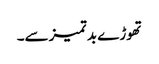
تھوڑے بد تمیزسے۔